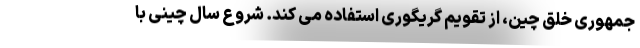
جمهوری خلق چین، از تقویم گریگوری استفاده می کند. شروع سال چینی با